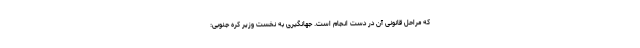
که مراحل قانونی آن در دست انجام است. جهانگیری به نخست وزیر کره جنوبی: